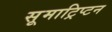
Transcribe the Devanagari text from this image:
सूमाट्रिप्टन